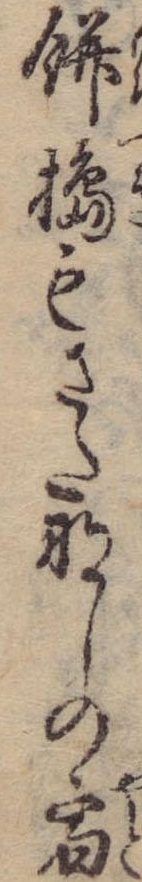
餅搗もさたなしの宿